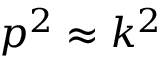
p ^ { 2 } \approx k ^ { 2 }